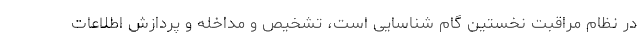
در نظام مراقبت نخستین گام شناسایی است، تشخیص و مداخله و پردازش اطلاعات